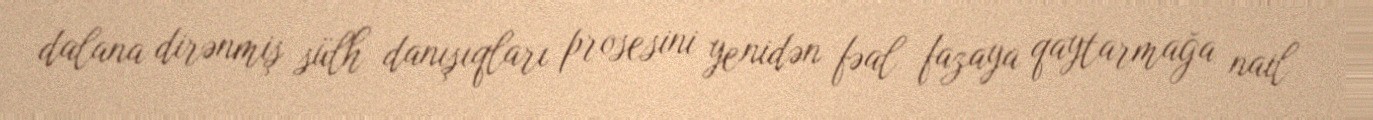
dalana dirənmiş sülh danışıqları prosesini yenidən fəal fazaya qaytarmağa nail